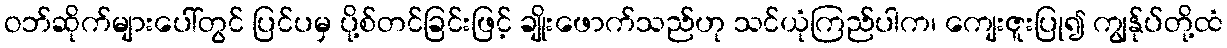
ဝဘ်ဆိုက်များပေါ်တွင် ပြင်ပမှ ပို့စ်တင်ခြင်းဖြင့် ချိုးဖောက်သည်ဟု သင်ယုံကြည်ပါက၊ ကျေးဇူးပြု၍ ကျွန်ုပ်တို့ထံ